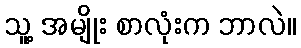
သူ့ အမျိုး စာလုံးက ဘာလဲ။